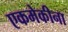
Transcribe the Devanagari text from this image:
एकमेकीना